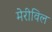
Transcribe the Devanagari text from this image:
मेरीविल